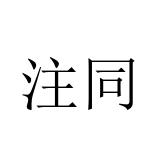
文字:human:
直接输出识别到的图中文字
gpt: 注同